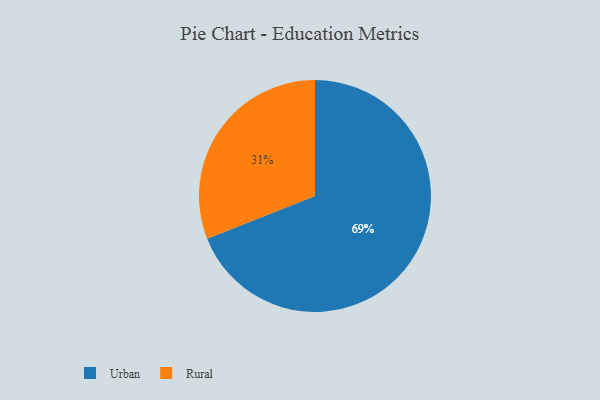
{"axis": {"x": "Category", "y": "Percentage"}, "legend": ["Rural", "Urban"], "data": [{"x": "Urban", "y": 69, "type": "Urban"}, {"x": "Rural", "y": 31, "type": "Rural"}]}